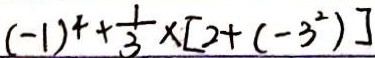
( - 1 ) ^ { 4 } + \frac { 1 } { 3 } \times [ 2 + ( - 3 ^ { 2 } ) ]